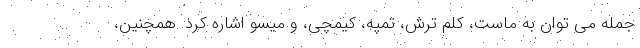
جمله می توان به ماست، کلم ترش، تمپه، کیمچی، و میسو اشاره کرد. همچنین،